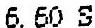
6.60 S